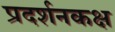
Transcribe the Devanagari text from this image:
प्रदर्शनकक्ष